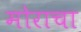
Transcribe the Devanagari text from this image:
मोराचा